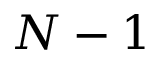
N - 1